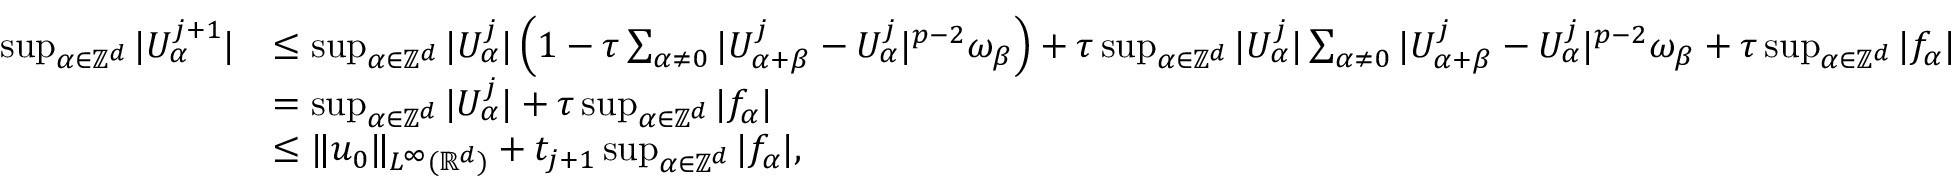
\begin{array} { r l } { \operatorname* { s u p } _ { \alpha \in \ensuremath { \mathbb { Z } } ^ { d } } | U _ { \alpha } ^ { j + 1 } | } & { \leq \operatorname* { s u p } _ { \alpha \in \ensuremath { \mathbb { Z } } ^ { d } } | U _ { \alpha } ^ { j } | \left( 1 - \tau \sum _ { \alpha \not = 0 } | U _ { \alpha + \beta } ^ { j } - U _ { \alpha } ^ { j } | ^ { p - 2 } \omega _ { \beta } \right) + \tau \operatorname* { s u p } _ { \alpha \in \ensuremath { \mathbb { Z } } ^ { d } } | U _ { \alpha } ^ { j } | \sum _ { \alpha \not = 0 } | U _ { \alpha + \beta } ^ { j } - U _ { \alpha } ^ { j } | ^ { p - 2 } \omega _ { \beta } + \tau \operatorname* { s u p } _ { \alpha \in \ensuremath { \mathbb { Z } } ^ { d } } | f _ { \alpha } | } \\ & { = \operatorname* { s u p } _ { \alpha \in \ensuremath { \mathbb { Z } } ^ { d } } | U _ { \alpha } ^ { j } | + \tau \operatorname* { s u p } _ { \alpha \in \ensuremath { \mathbb { Z } } ^ { d } } | f _ { \alpha } | } \\ & { \leq \| u _ { 0 } \| _ { L ^ { \infty } ( \ensuremath { \mathbb { R } } ^ { d } ) } + t _ { j + 1 } \operatorname* { s u p } _ { \alpha \in \ensuremath { \mathbb { Z } } ^ { d } } | f _ { \alpha } | , } \end{array}